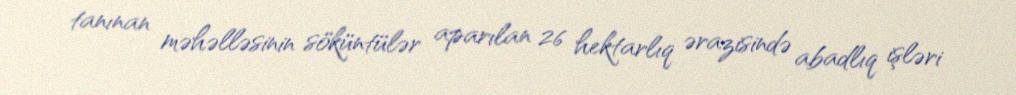
tanınan məhəlləsinin söküntülər aparılan 26 hektarlıq ərazisində abadlıq işləri